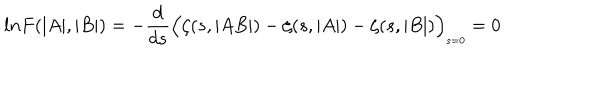
l n F ( \vert A \vert , \vert B \vert ) = - \frac { d } { d s } \Bigl ( \zeta ( s , \vert A B \vert ) - \zeta ( s , \vert A \vert ) - \zeta ( s , \vert B \vert ) \Bigr ) _ { \scriptscriptstyle s = 0 } = 0